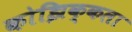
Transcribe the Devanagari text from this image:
कोझिक्कला